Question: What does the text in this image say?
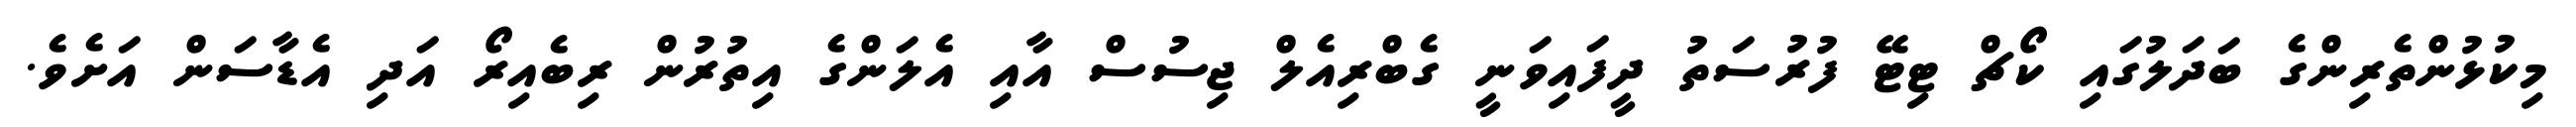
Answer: މިކުޅުންތެރިންގެ ބަދަލުގައި ކޯޗް ޓިޓޭ ފުރުސަތު ދީފައިވަނީ ގެބްރިއެލް ޖިސުސް އާއި އެލަންގެ އިތުރުން ރިބެއިރޯ އަދި އެޑާސަން އަށެވެ.